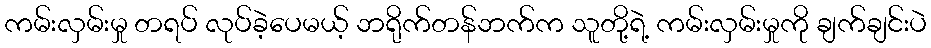
ကမ်းလှမ်းမှု တရပ် လုပ်ခဲ့ပေမယ့် ဘရိုက်တန်ဘက်က သူတို့ရဲ့ ကမ်းလှမ်းမှုကို ချက်ချင်းပဲ